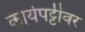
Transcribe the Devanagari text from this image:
कार्यपट्टीवर